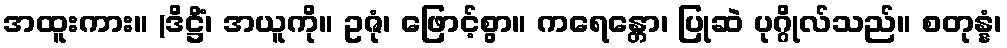
အထူးကား။ (ဒိဋ္ဌိံ၊ အယူကို။ ဥဇုံ၊ ဖြောင့်စွာ။ ကရေန္တော၊ ပြုဆဲ ပုဂ္ဂိုလ်သည်။ စတုန္နံ၊